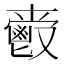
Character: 𲌤